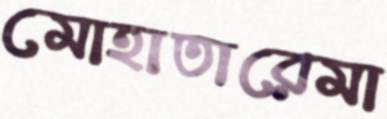
মোহাতারেমা